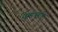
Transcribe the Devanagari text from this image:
तुम्हासहि